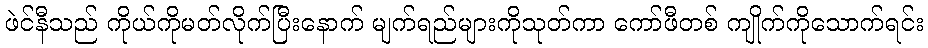
ဖဲင်နီသည် ကိုယ်ကိုမတ်လိုက်ပြီးနောက် မျက်ရည်များကိုသုတ်ကာ ကော်ဖီတစ် ကျိုက်ကိုသောက်ရင်း